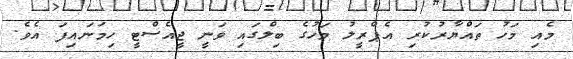
މެއި މަހު ތައްޔާރުކުރި އެޕްރީލު މަހުގެ ބިލްގައި ވަނީ ޖީއެސްޓީ ހިމަނައިފަ އެވެ.